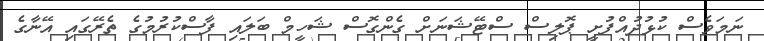
ނަމަވެސް ކުޅުދުއްފުށީ ޕޮލިސް ސްޓޭޝަނަށް ގެންގޮސް ޝަހީމް ބަލައި ފާސްކުރުމުގެ ތެރޭގައި އޭނާގެ